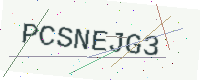
Text: PCSNEJG3